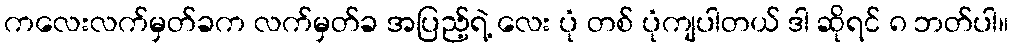
ကလေးလက်မှတ်ခက လက်မှတ်ခ အပြည့်ရဲ့ လေး ပုံ တစ် ပုံကျပါတယ် ဒါ ဆိုရင် ၈ ဘတ်ပါ။